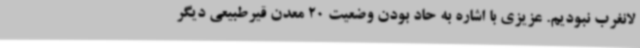
لانغرب نبودیم. عزیزی با اشاره به حاد بودن وضعیت 20 معدن قیرطبیعی دیگر